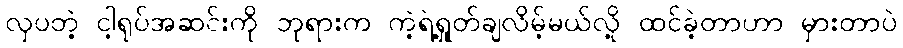
လှပတဲ့ ငါ့ရုပ်အဆင်းကို ဘုရားက ကဲ့ရဲ့ရှုတ်ချလိမ့်မယ်လို့ ထင်ခဲ့တာဟာ မှားတာပဲ